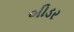
બીડર